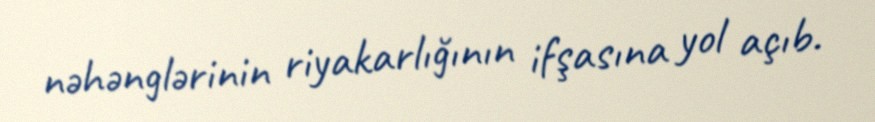
nəhənglərinin riyakarlığının ifşasına yol açıb.